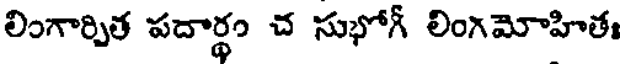
లింగార్చిత పదార్థం చ సుభోగ్ లింగమోహితః